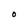
Character: 0